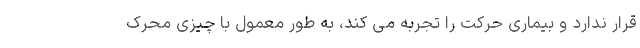
قرار ندارد و بیماری حرکت را تجربه می کند، به طور معمول با چیزی محرک